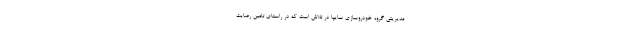
مدیریتی گروه خودروسازی سایپا در تلاش است که در راستای تامین رضایت